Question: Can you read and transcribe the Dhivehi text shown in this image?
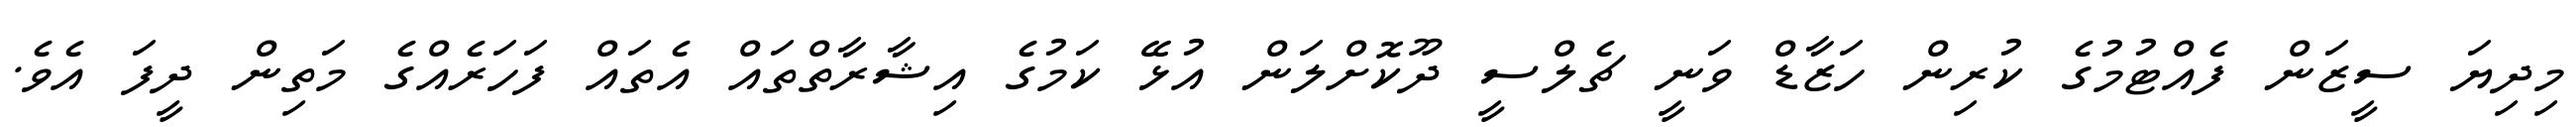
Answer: މިދިޔަ ސީޒަން ފެއްޓުމުގެ ކުރިން ހަޒާޑް ވަނީ ޗެލްސީ ދޫކޮށްލަން އުޅޭ ކަމުގެ އިޝާރާތްތައް އެތައް ފަހަރެއްގެ މަތިން ދީފަ އެވެ.